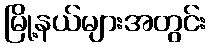
မြို့နယ်များအတွင်း